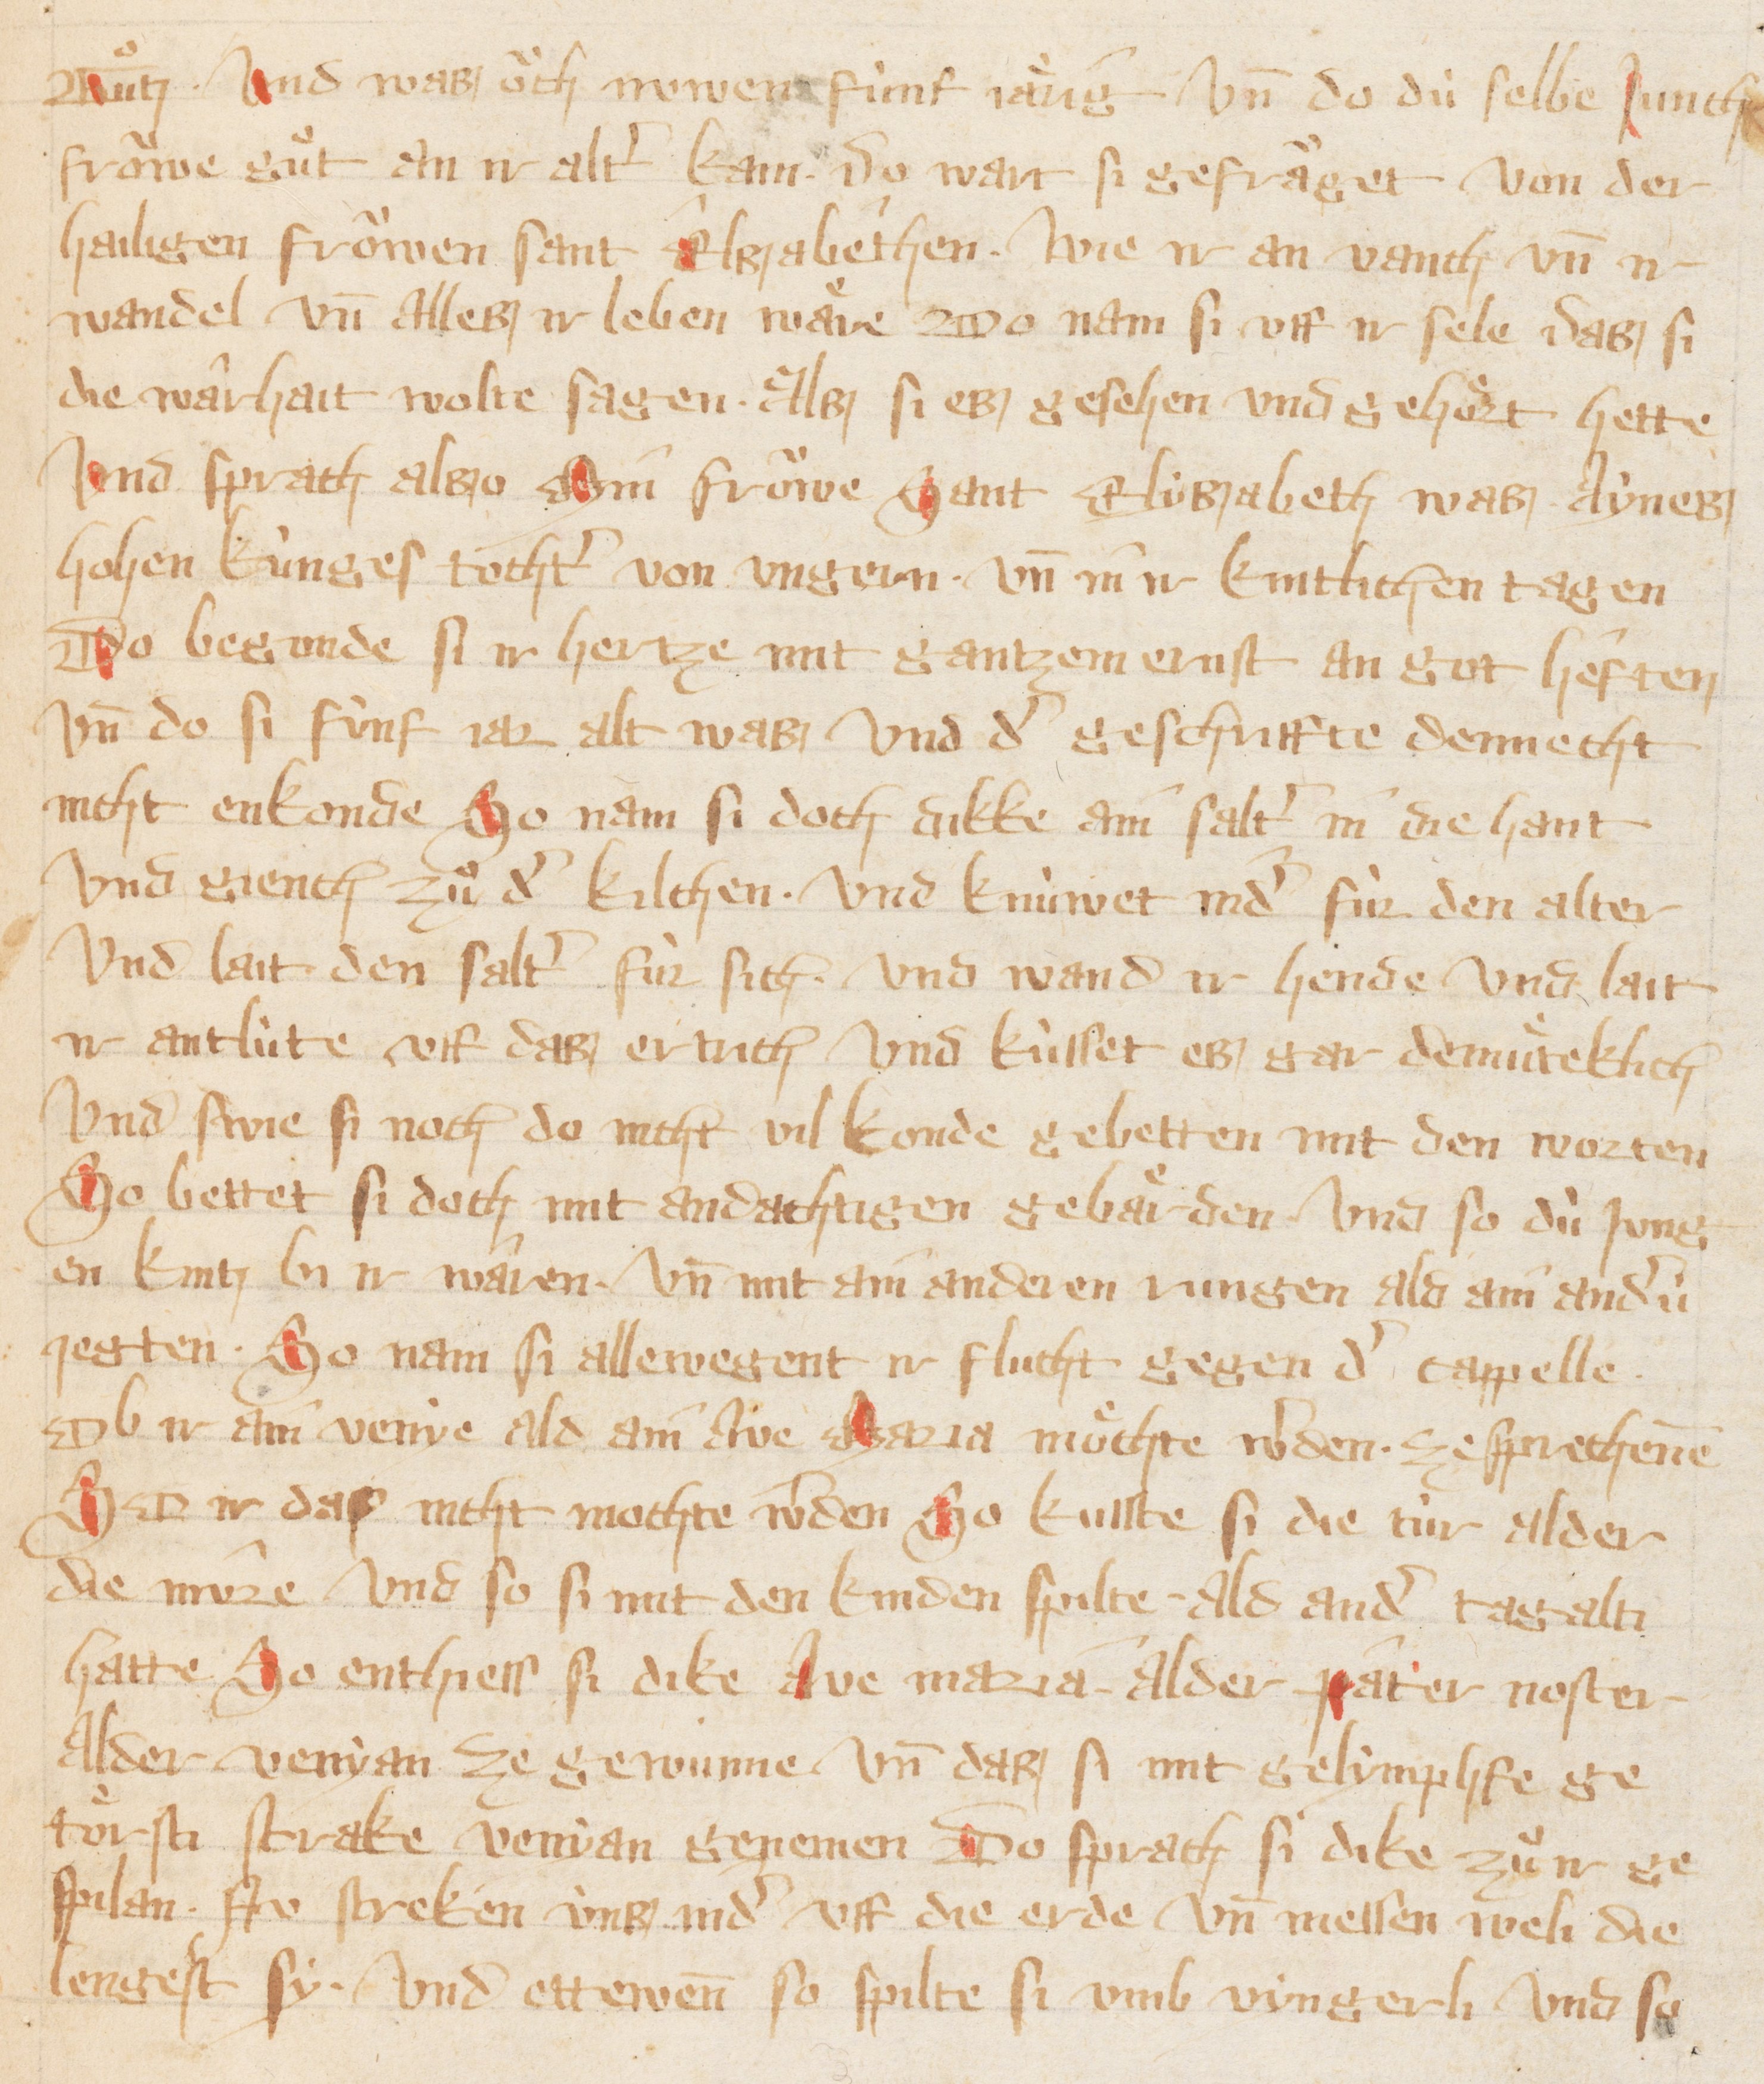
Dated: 1300–1399